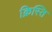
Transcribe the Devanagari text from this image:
क्रिस्ति